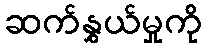
ဆက်နွှယ်မှုကို